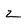
Character: z